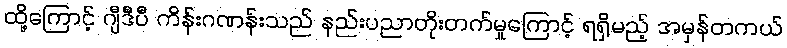
ထို့ကြောင့် ဂျီဒီပီ ကိန်းဂဏန်းသည် နည်းပညာတိုးတက်မှုကြောင့် ရရှိမည့် အမှန်တကယ်